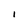
Character: I